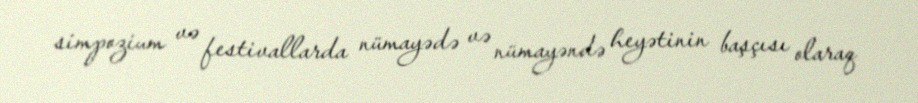
simpozium və festivallarda nümayədə və nümayəndə heyətinin başçısı olaraq